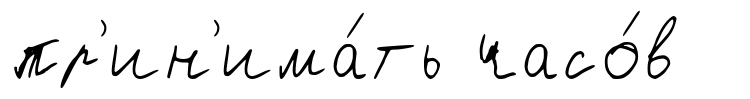
пр'ин'има́ть часо́в